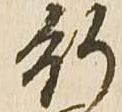
行